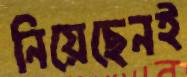
নিয়েছেনই